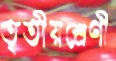
তৃতীয়শ্রেণী